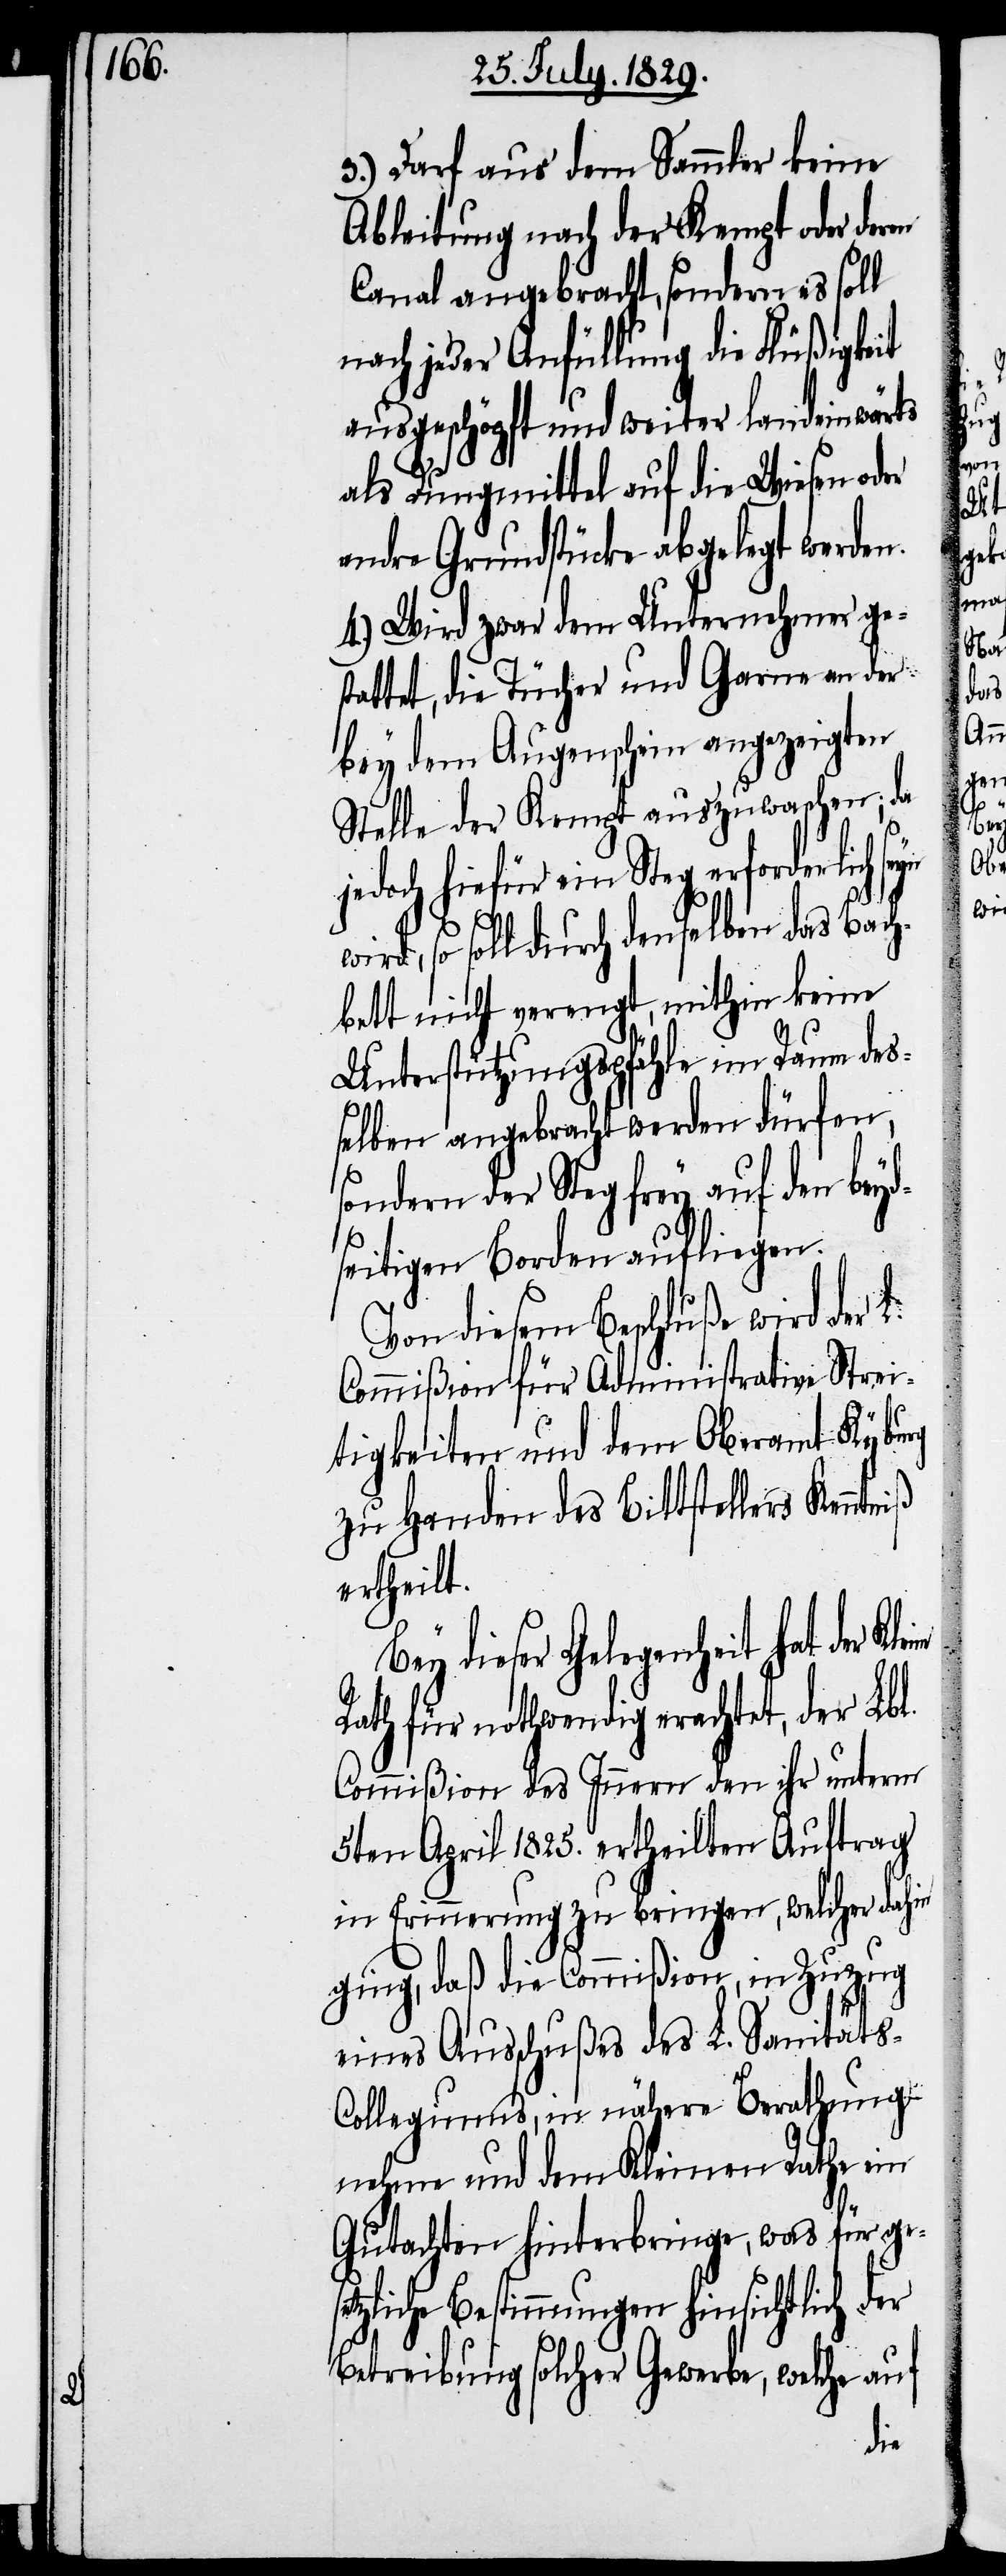
3.) Darf aus dem Sammler keine
Ableitung nach der Kempt oder deren
Canal angebracht, sondern es soll
nach jeder Anfüllung die Flüßigkeit
ausgeschöpft und weiter landeinwärts
als Dungmittel auf die Wiesen oder
andre Grundstücke abgelegt werden.
4.) Wird zwar dem Unternehmer ge¬
stattet, die Tücher und Garne an der
bey dem Augenschein angezeigten
Stelle der Kempt auszuwaschen; da
hiefür ein Steg erforderlich
wird, so soll durch denselben das Bach¬
bett nicht verengt, mithin keine
Unterstützungspfähle im Raum des¬
selben angebracht werden dürfen,
sondern der Steg frey auf den beyd¬
seitigen Borden aufliegen.
Von diesem Beschluße wird der
Commißion für Administrative Strei¬
tigkeiten und dem Oberamt Kyburg
zu Handen des Bittstellers Kenntn¬
ertheilt.
Bey dieser Gelegenheit hat der
Rath für nothwendig erachtet, der Lbl.
Commißion des Innern den ihr unterm
5ten April 1825. ertheilten Auftrag
in Erinnerung zu bringen, welcher dahin
ging, daß die Commißion, in Zuzug
eines Ausschußes des L. Sanität¬
s-Collegiums, in nähere Berathung
nehme und dem Kleinen Rathe ein
Gutachten hinterbringen, was für ges¬
etzliche Bestimmungen hinsichtlich der
Betreibung solcher Gewerbe, welche auf
iß